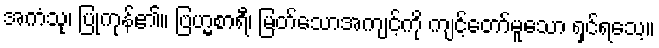
အကံသု၊ ပြုကုန်၏။ ဗြဟ္မစာရီ၊ မြတ်သောအကျင့်ကို ကျင့်တော်မူသော ရှင်ရသေ့။